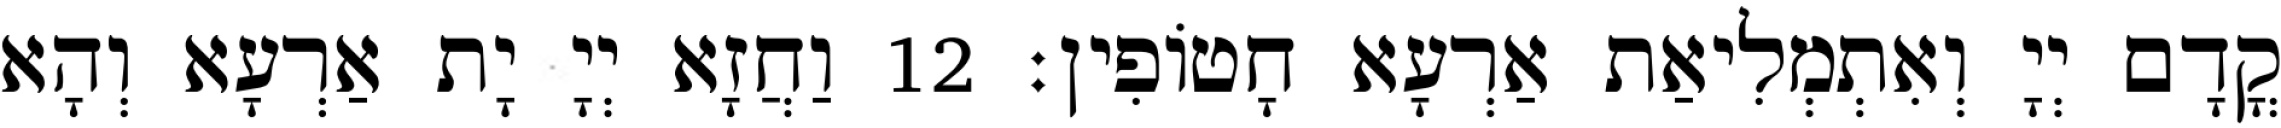
קֳדָם יְיָ וְאִתְמְלִיאַת אַרְעָא חָטוֹפִין׃ 12 וַחֲזָא יְיָ יָת אַרְעָא וְהָא